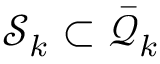
\mathcal S _ { k } \subset \bar { \mathcal Q } _ { k }